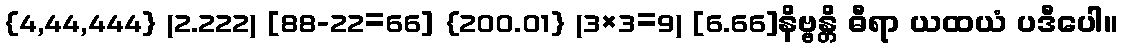
{4,44,444} (2.222) [88-22=66] {200.01} (3×3=9) [6.66]နိဗ္ဗန္တိ ဓီရာ ယထယံ ပဒီပေါ။